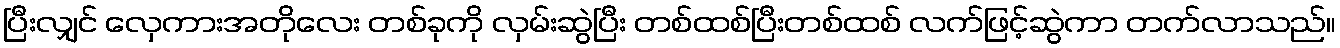
ပြီးလျှင် လှေကားအတိုလေး တစ်ခုကို လှမ်းဆွဲပြီး တစ်ထစ်ပြီးတစ်ထစ် လက်ဖြင့်ဆွဲကာ တက်လာသည်။